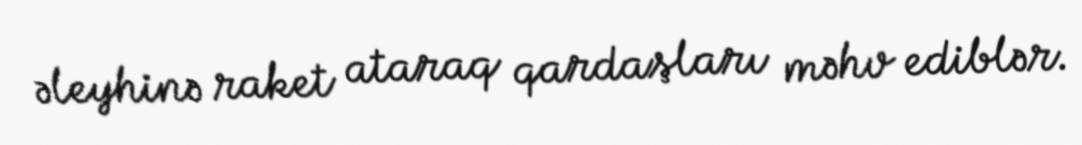
əleyhinə raket ataraq qardaşları məhv ediblər.